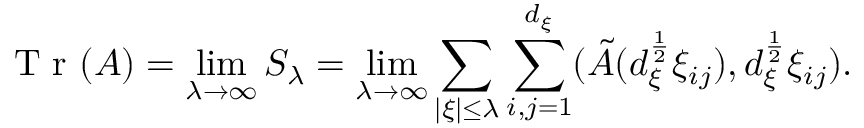
\textnormal { T r } ( A ) = \operatorname* { l i m } _ { \lambda \rightarrow \infty } S _ { \lambda } = \operatorname* { l i m } _ { \lambda \rightarrow \infty } \sum _ { | \xi | \leq \lambda } \sum _ { i , j = 1 } ^ { d _ { \xi } } ( \tilde { A } ( d _ { \xi } ^ { \frac { 1 } { 2 } } \xi _ { i j } ) , d _ { \xi } ^ { \frac { 1 } { 2 } } \xi _ { i j } ) .